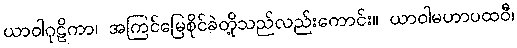
ယာဝါဂုဠိကာ၊ အကြင်မြေစိုင်ခဲတို့သည်လည်းကောင်း။ ယာဝါမဟာပထဝီ၊